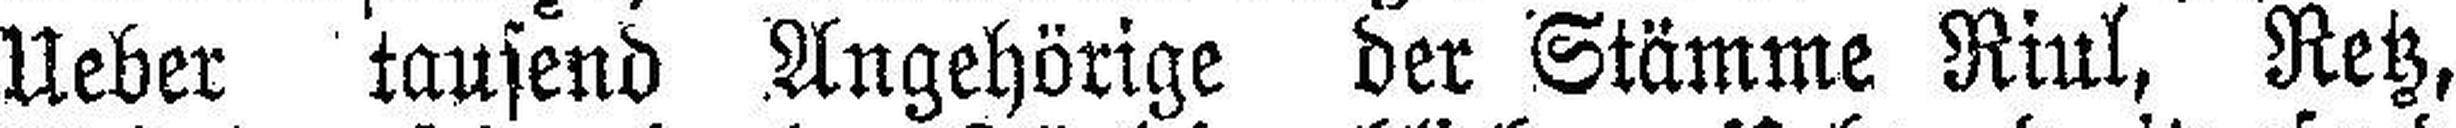
Ueber tausend Angehörige der Stämme Riul, Retz,